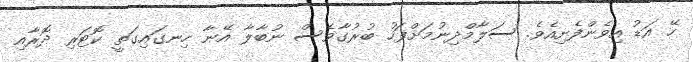
ހޭ އަޑު އިވެންފެށިއެވެ. ސަލާމްދިނުމަށްފަހު ބުރުގާވެސް ނުބާލާ އޭނާ ހިނގައިގަތީ ކޮޓަރި ދޮރާއި